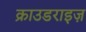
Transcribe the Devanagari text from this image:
क्राउडराइज़